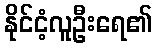
နိုင်ငံ့လူဦးရေ၏